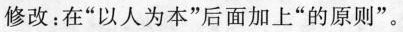
修改：在”以人为本”后面加上”的原则”。